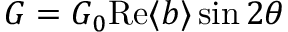
{ \cal G } = G _ { 0 } \mathrm { R e } \langle b \rangle \sin 2 \theta